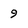
Character: 9